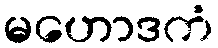
မဟောဒကံ